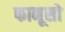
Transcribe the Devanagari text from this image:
फानूसो